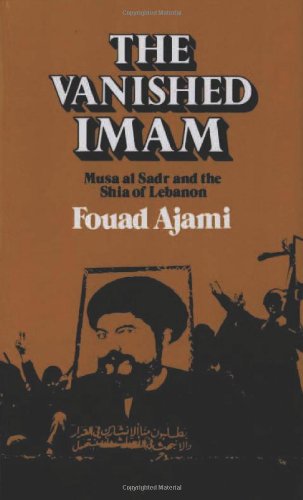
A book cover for The Vanished Imam: Musa al Sadr and the Shia of Lebanon; Fouad Ajami; History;